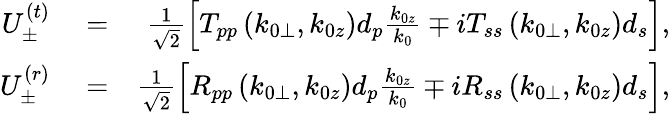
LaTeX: \begin{array}{rlr}{U_{\pm}^{(t)}}&{{}=}&{\frac{1}{\sqrt{2}}\left[T_{pp}\left(k_{0\perp},k_{0z}\right)d_{p}\frac{k_{0z}}{k_{0}}\mp iT_{ss}\left(k_{0\perp},k_{0z}\right)d_{s}\right],}\\ {U_{\pm}^{(r)}}&{{}=}&{\frac{1}{\sqrt{2}}\left[R_{pp}\left(k_{0\perp},k_{0z}\right)d_{p}\frac{k_{0z}}{k_{0}}\mp iR_{ss}\left(k_{0\perp},k_{0z}\right)d_{s}\right],}\end{array}